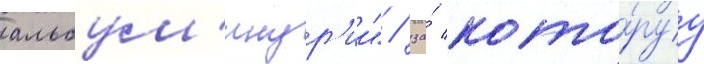
альбум'инур'ии" / за́ кото́руу